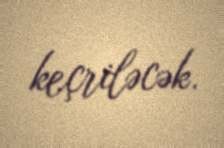
keçriləcək.